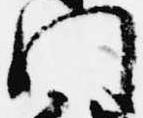
門